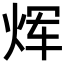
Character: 𪸩